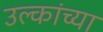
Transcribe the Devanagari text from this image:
उल्कांच्या